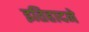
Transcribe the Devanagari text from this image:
इतिहादने